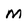
Character: m